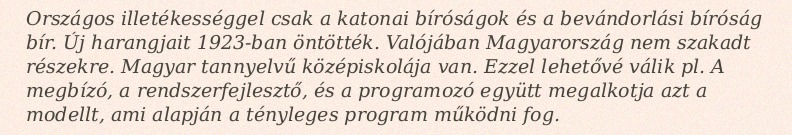
Országos illetékességgel csak a katonai bíróságok és a bevándorlási bíróság bír. Új harangjait 1923-ban öntötték. Valójában Magyarország nem szakadt részekre. Magyar tannyelvű középiskolája van. Ezzel lehetővé válik pl. A megbízó, a rendszerfejlesztő, és a programozó együtt megalkotja azt a modellt, ami alapján a tényleges program működni fog.